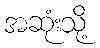
အဆုံးသို့